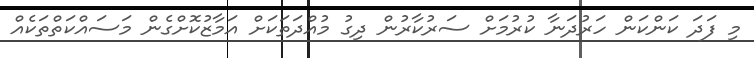
މި ފަދަ ކަންކަން ހަރުދަނާ ކުރުމަށް ސަރުކާރުން ދިގު މުއްދަތަކަށް އަމާޒުކޮށްގެން މަސައްކަތްތަކެއް